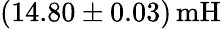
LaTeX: (14.80\pm 0.03)\, \textrm{mH}